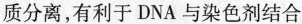
质分离，有利于DNA与染色剂结合